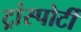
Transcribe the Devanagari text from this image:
ट्रांस्पोर्टी